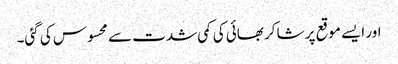
اور ایسے موقع پر شاکر بھائی کی کمی شدت سے محسوس کی گئی۔